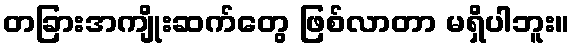
တခြားအကျိုးဆက်တွေ ဖြစ်လာတာ မရှိပါဘူး။